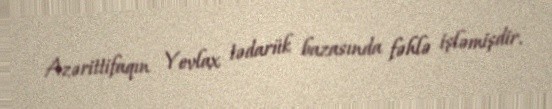
Azərittifaqın Yevlax tədarük bazasında fəhlə işləmişdir.